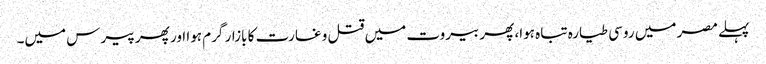
پہلے مصر میں روسی طیارہ تباہ ہوا، پھر بیروت میں قتل و غارت کا بازار گرم ہوا اور پھر پیرس میں۔